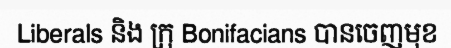
Liberals និង ក្រុ Bonifacians បានចេញមុខ